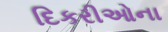
દિકરીઓના